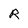
Character: R